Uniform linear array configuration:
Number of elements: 8
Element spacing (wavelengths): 1
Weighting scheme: hann
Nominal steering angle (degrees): -45
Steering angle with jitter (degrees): -43.278
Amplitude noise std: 0.05
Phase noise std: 0.05

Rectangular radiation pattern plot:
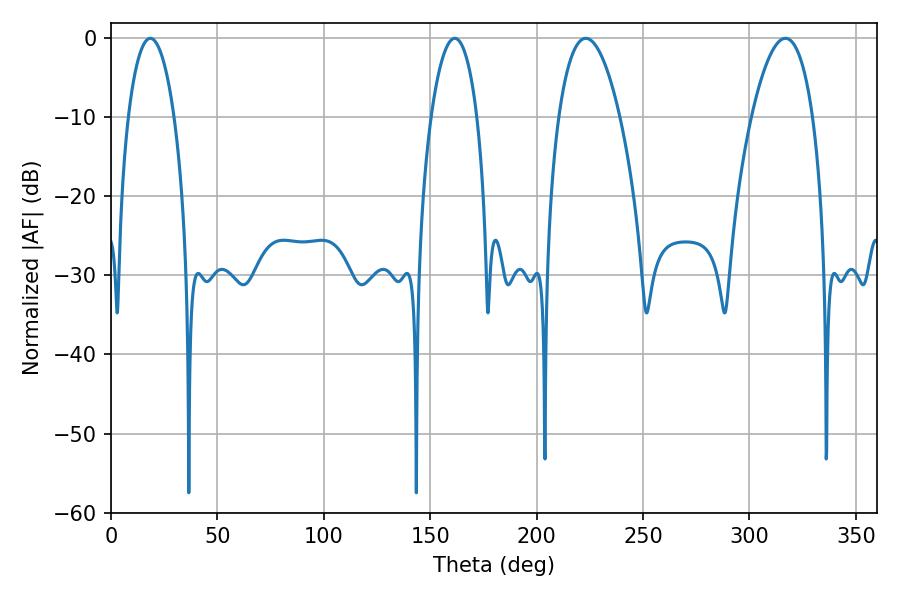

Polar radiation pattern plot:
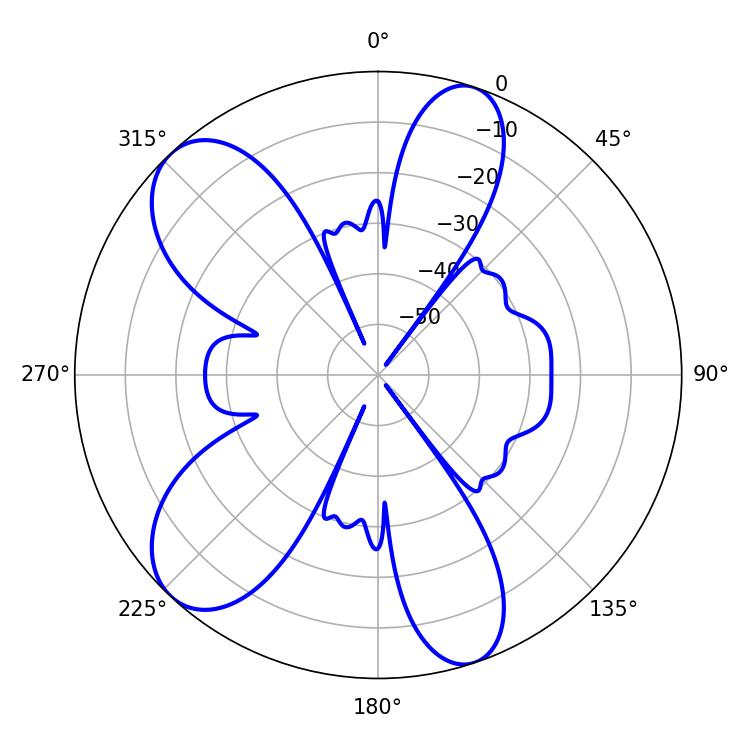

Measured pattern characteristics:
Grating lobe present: TRUE
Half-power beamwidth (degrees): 16.02
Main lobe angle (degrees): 223.02